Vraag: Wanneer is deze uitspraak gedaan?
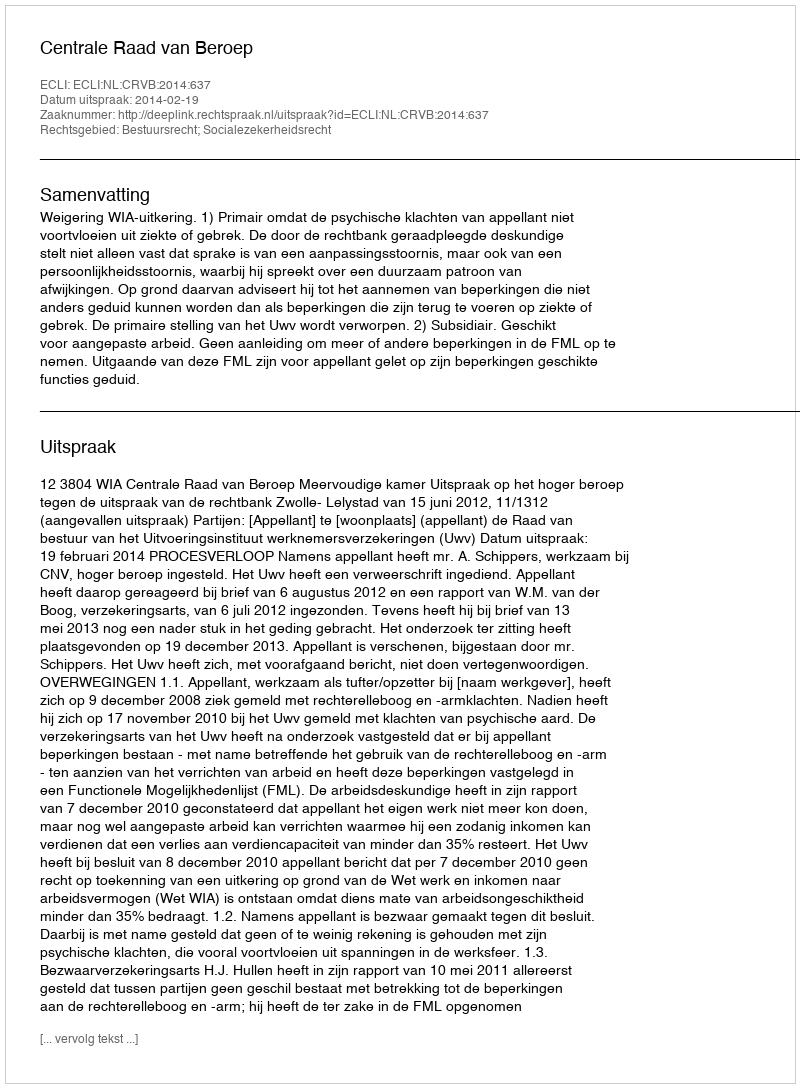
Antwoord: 2014-02-19